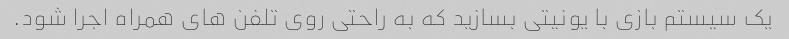
یک سیستم بازی با یونیتی بسازید که به راحتی روی تلفن های همراه اجرا شود.